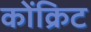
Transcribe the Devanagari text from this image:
कोंक्रिट